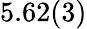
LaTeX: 5.62(3)